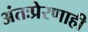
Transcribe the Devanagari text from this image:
अंतःप्रेरणाही